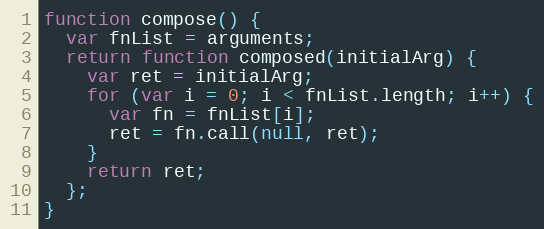
Language: JavaScript
function compose() {
  var fnList = arguments;
  return function composed(initialArg) {
    var ret = initialArg;
    for (var i = 0; i < fnList.length; i++) {
      var fn = fnList[i];
      ret = fn.call(null, ret);
    }
    return ret;
  };
}